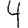
Digit: 4